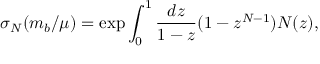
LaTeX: \sigma _ { N } ( m _ { b } / \mu ) = \exp \int _ { 0 } ^ { 1 } { \frac { d z } { 1 - z } } ( 1 - z ^ { N - 1 } ) N ( z ) ,